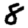
Digit: 8